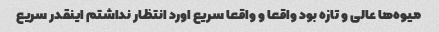
میوه‌ها عالی و تازه بود واقعا و واقعا سریع اورد انتظار نداشتم اینقدر سریع